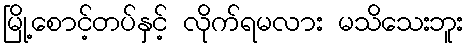
မြို့စောင့်တပ်နှင့် လိုက်ရမလား မသိသေးဘူး